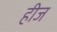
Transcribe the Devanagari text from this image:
हीज